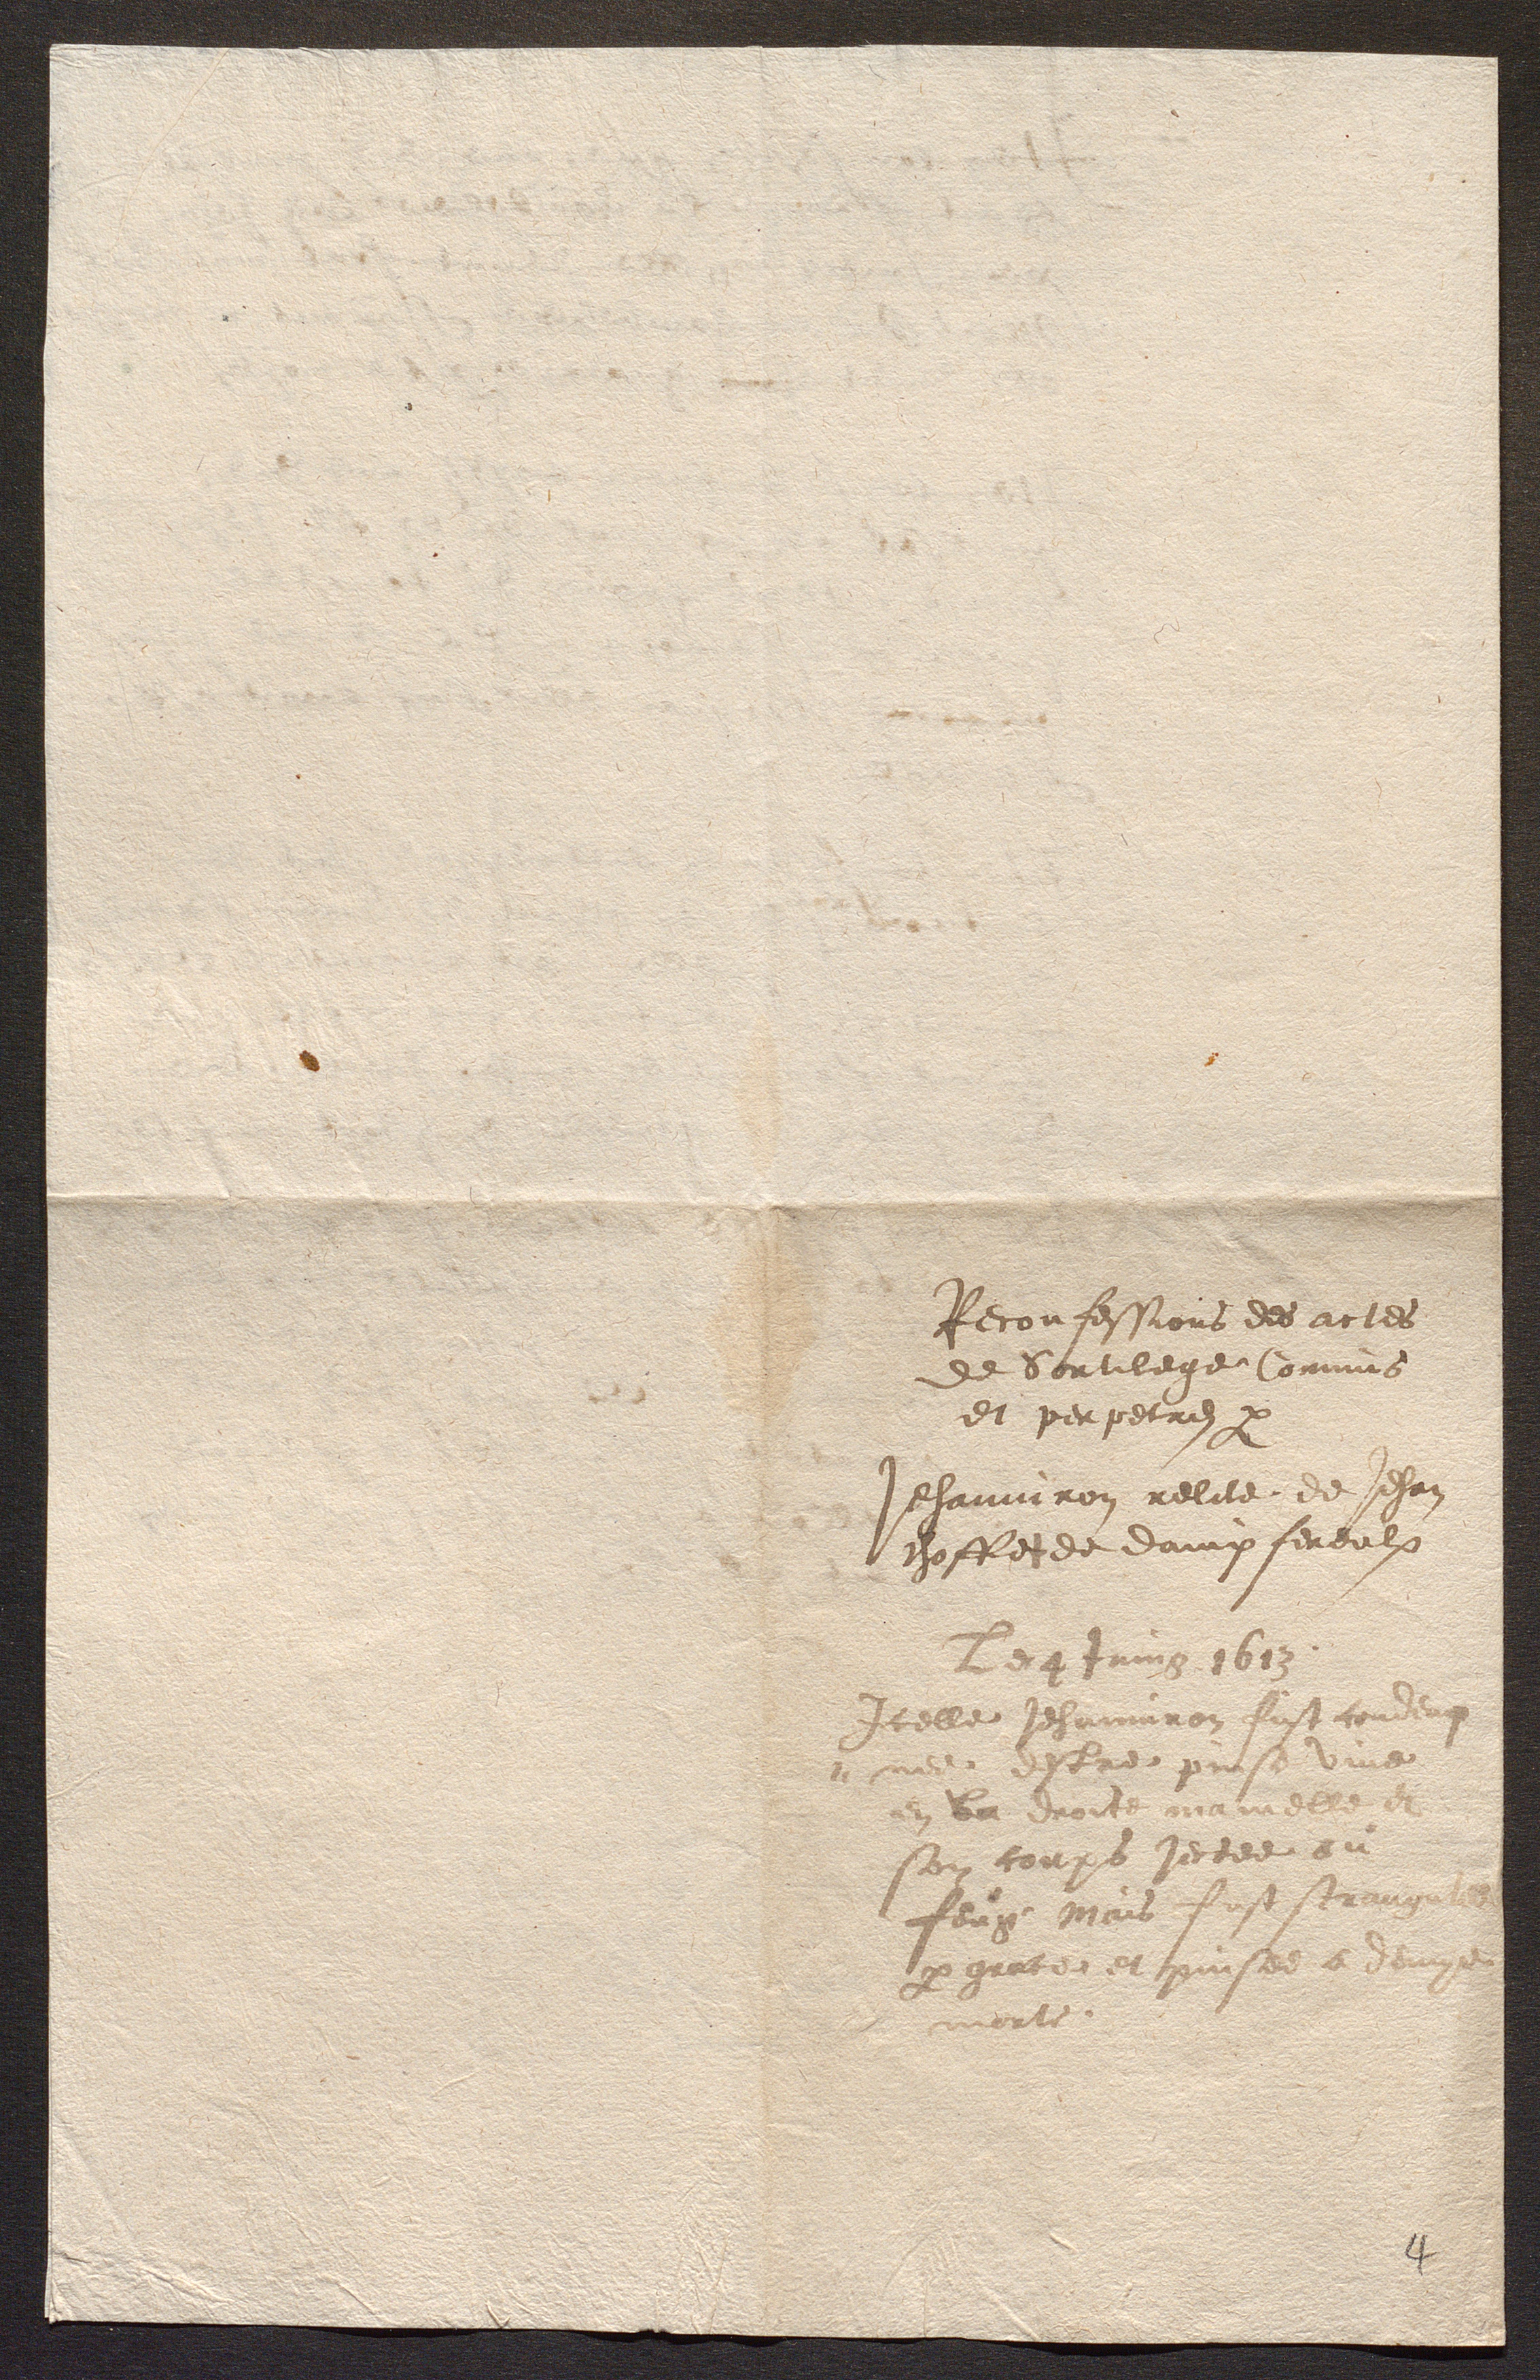
Reconfessions des actes
de Sortilege Commis
et perpetres par
Jehanniron relite de Jehan
choffet de dampfereulx
Le 9 Juing 1613
Icelle Jehanniron fut condeuz
male docede prison uine
en ver droute aordese se
son corps jectee ou
feug aais fust sermmg
par grates et ppises a Sauge
merte